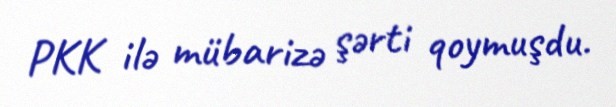
PKK ilə mübarizə şərti qoymuşdu.